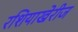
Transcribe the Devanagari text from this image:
रशियाखेरीज